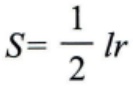
$S = \frac{1}{2}lr$